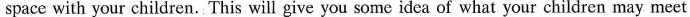
space with your children. This will give you some idea of what your children may meet